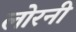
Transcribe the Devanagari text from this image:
लोरनी